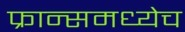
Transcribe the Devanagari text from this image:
फ्रान्समध्येच